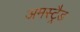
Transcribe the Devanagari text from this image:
अमस्ट्रैड